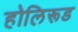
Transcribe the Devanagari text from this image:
होलिरूड